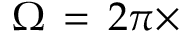
\Omega \, = \, 2 \pi \times